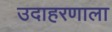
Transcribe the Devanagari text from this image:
उदाहरणाला